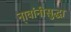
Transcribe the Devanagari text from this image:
ना्वांनीसुद्धा